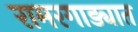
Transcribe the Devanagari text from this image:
रामरगाड्यात